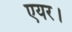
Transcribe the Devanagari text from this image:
एयर।